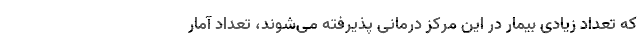
که تعداد زیادی بیمار در این مرکز درمانی پذیرفته می‌شوند، تعداد آمار